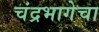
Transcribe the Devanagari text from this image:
चंद्रभागेचा